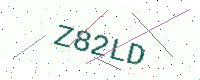
Text: Z82LD